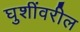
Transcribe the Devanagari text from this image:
घुशींवरील